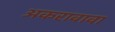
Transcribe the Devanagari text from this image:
अकरावावा